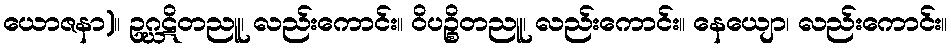
ယောဇနာ)။ ဥဂ္ဃဋိတညူ၊ လည်းကောင်း။ ဝိပဉ္စိတညူ၊ လည်းကောင်း။ နေယျော၊ လည်းကောင်း။